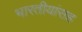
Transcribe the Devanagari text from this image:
भारतीयांसह